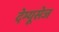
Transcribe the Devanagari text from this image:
देम्यूसेज